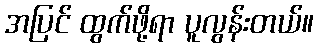
အပြင် ထွက်ဖို့ရာ ပူလွန်းတယ်။